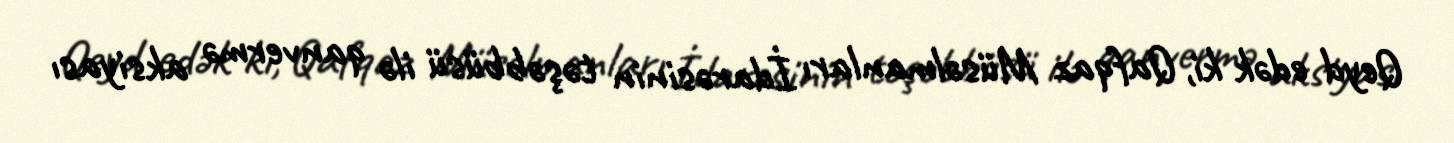
Qeyd edək ki, Qafqaz Müsəlmanları İdarəsinin təşəbbüsü ilə qanvermə aksiyası